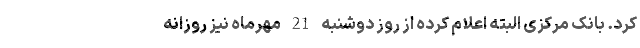
کرد. بانک مرکزی البته اعلام کرده از روز دوشنبه 21 مهرماه نیز روزانه